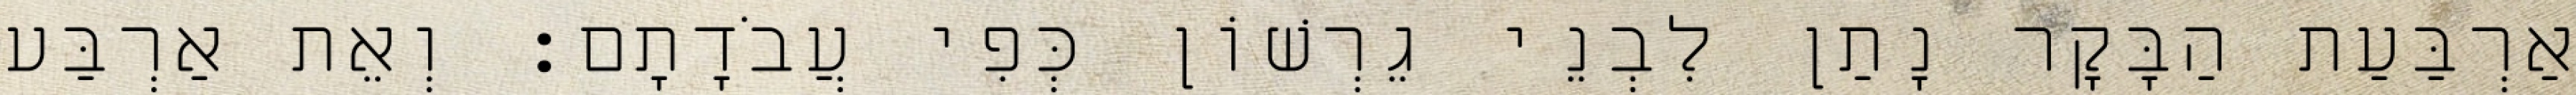
אַרְבַּעַת הַבָּקָר נָתַן לִבְנֵי גֵרְשׁוֹן כְּפִי עֲבֹדָתָם׃ וְאֵת אַרְבַּע